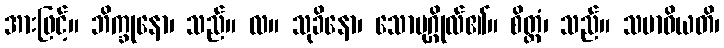
အားဖြင့်။ ဘိက္ခုနော၊ သည်။ လ။ သုခိနော၊ သောပုဂ္ဂိုလ်၏။ စိတ္တံ၊ သည်။ သမာဓိယတိ၊